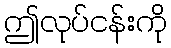
ဤလုပ်ငန်းကို